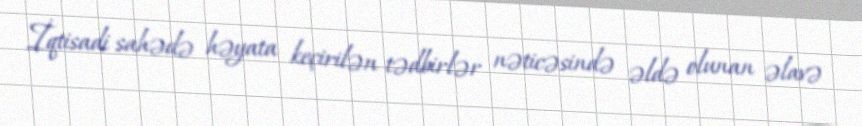
İqtisadi sahədə həyata keçirilən tədbirlər nəticəsində əldə olunan əlavə